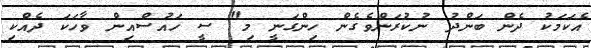
އެކަމަކު ދެން ބަންދު ނުކުރަންވެގެން ހިންގަނީ މި" ސީ ހައުސްއިން ވާހަކަ ދެއްކި